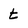
Character: t